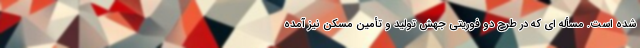
شده است. مسأله ای که در طرح دو فوریتی جهش تولید و تأمین مسکن نیز آمده